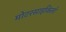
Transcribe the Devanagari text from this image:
मोटरसाइकिलो